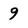
Character: 9